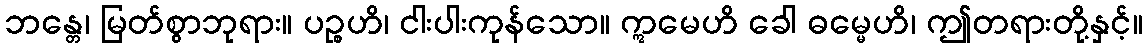
ဘန္တေ၊ မြတ်စွာဘုရား။ ပဉ္စဟိ၊ ငါးပါးကုန်သော။ ဣမေဟိ ခေါ ဓမ္မေဟိ၊ ဤတရားတို့နှင့်။